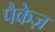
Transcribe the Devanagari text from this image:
पैकेज़